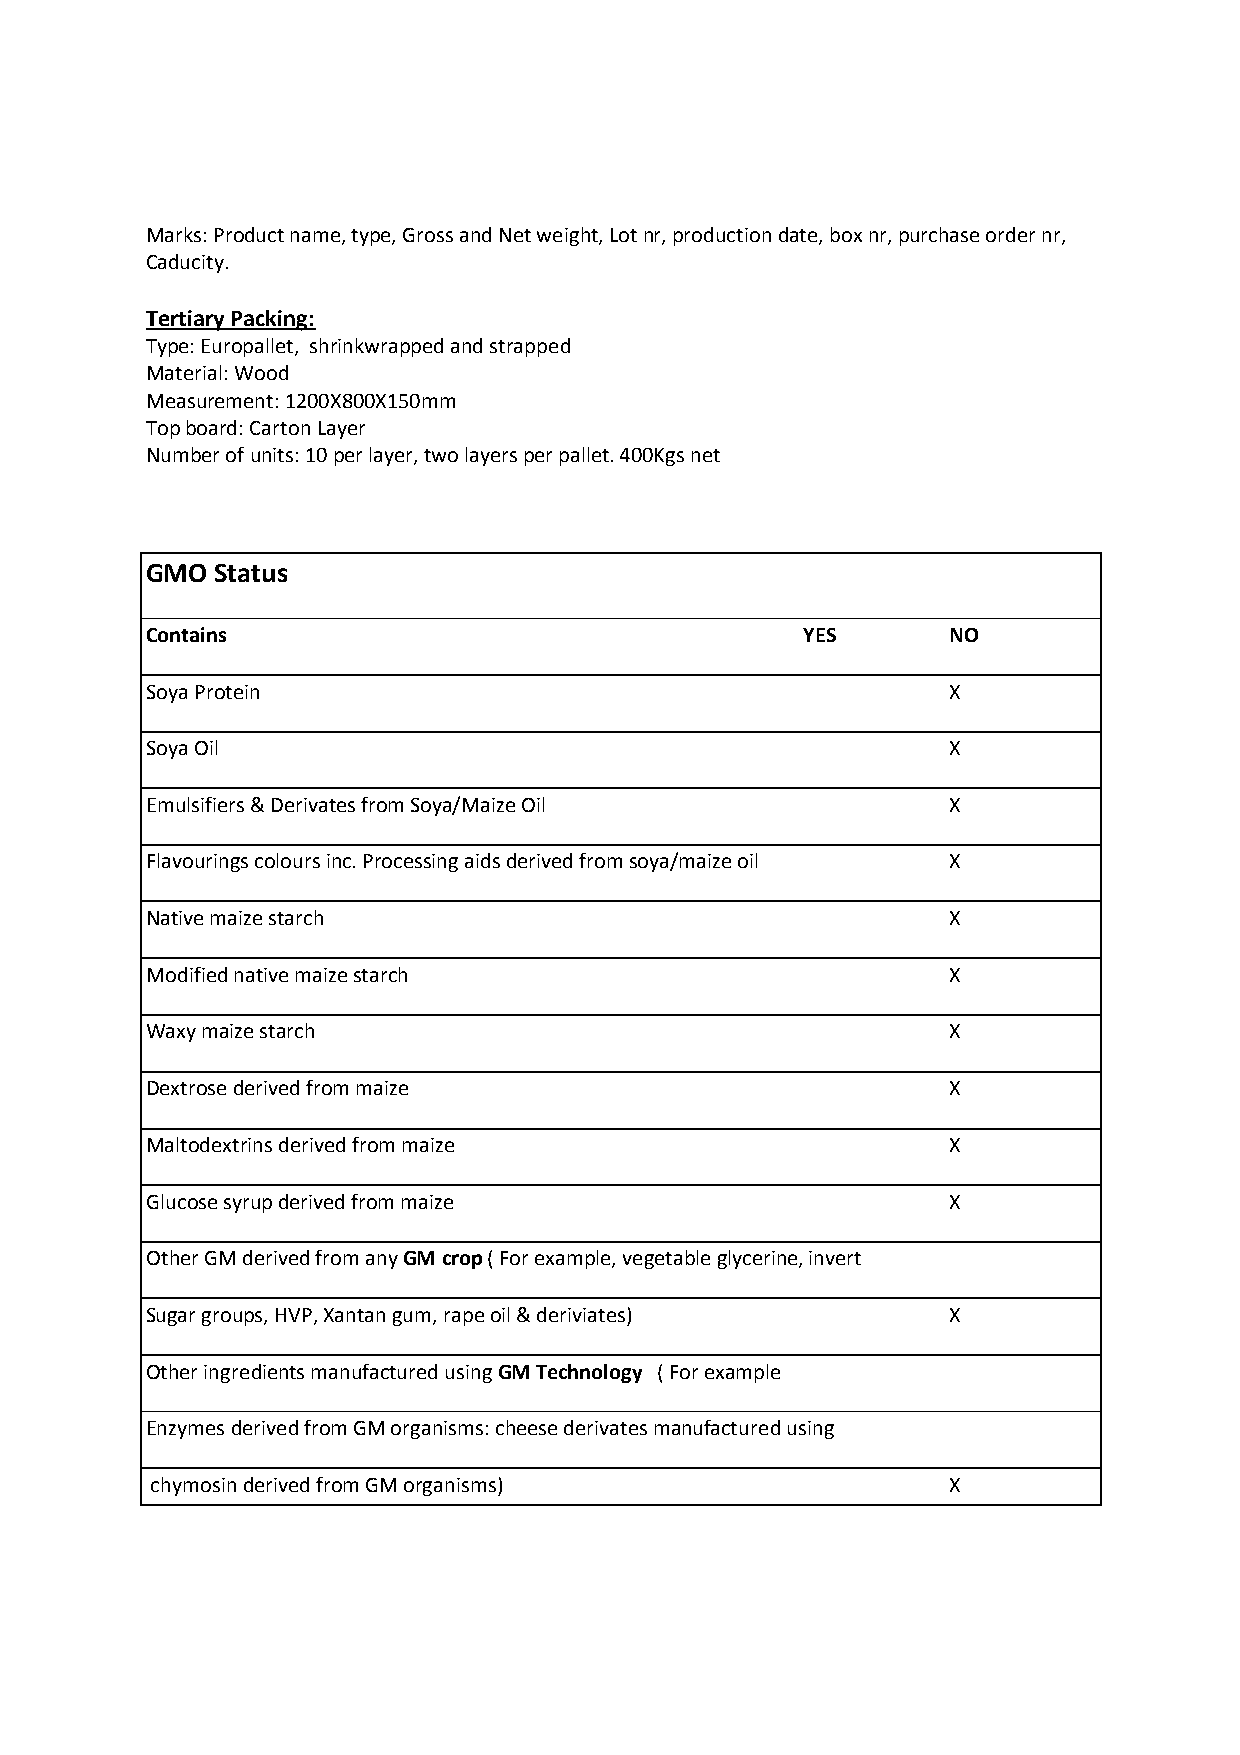
Marks: Product name, type, Gross and Net weight, Lot nr, production date, box nr, purchase order nr,
 Caducity.
 Tertiary Packing:
 Type: Europallet, shrinkwrapped and strapped
 Material: Wood
 Measurement: 1200X800X150mm
 Top board: Carton Layer
 Number of units: 10 per layer, two layers per pallet. 400Kgs net
 GMO Status
 Contains                                   YES       NO
 Soya Protein                                         X
 Soya Oil                                             X
 Emulsifiers & Derivates from Soya/Maize Oil          X
 Flavourings colours inc. Processing aids derived from soya/maize oil X
 Native maize starch                                  X
 Modified native maize starch                         X
 Waxy maize starch                                    X
 Dextrose derived from maize                          X
 Maltodextrins derived from maize                     X
 Glucose syrup derived from maize                     X
 Other GM derived from any GM crop ( For example, vegetable glycerine, invert
 Sugar groups, HVP, Xantan gum, rape oil & deriviates) X
 Other ingredients manufactured using GM Technology ( For example
 Enzymes derived from GM organisms: cheese derivates manufactured using
 chymosin derived from GM organisms)                  X